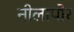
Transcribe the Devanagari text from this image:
नीलापोर